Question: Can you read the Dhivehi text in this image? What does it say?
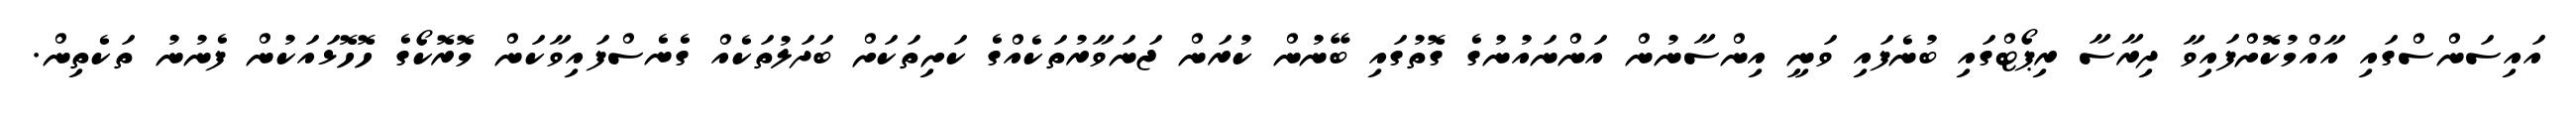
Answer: އައިސަންސްގައި އާއްމުކޮށްފައިވާ ދިރާސާ ރިޕޯޓްގައި ބުނެފައި ވަނީ އިންސާނުން އަންނައުނުގެ ގޮތުގައި ބޭނުން ކުރަން ޖަނަވާރުތަކެއްގެ ކަށިތަކަށް ބަދަލުތަކެއް ގެނެސްފައިވާކަން މޮރޮކޯގެ ހޮހޮޅައަކުން ފެނުނު ތަކެތިން.